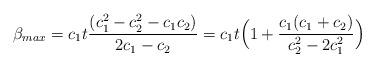
LaTeX: \begin{align*}\beta_{max} = c_1t\frac{(c_1^2-c_2^2-c_1c_2)}{2c_1-c_2} = c_1t \Bigl( 1+\frac{c_1(c_1+c_2)}{c_2^2-2c_1^2}\Bigr)\end{align*}